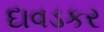
દાવડકર